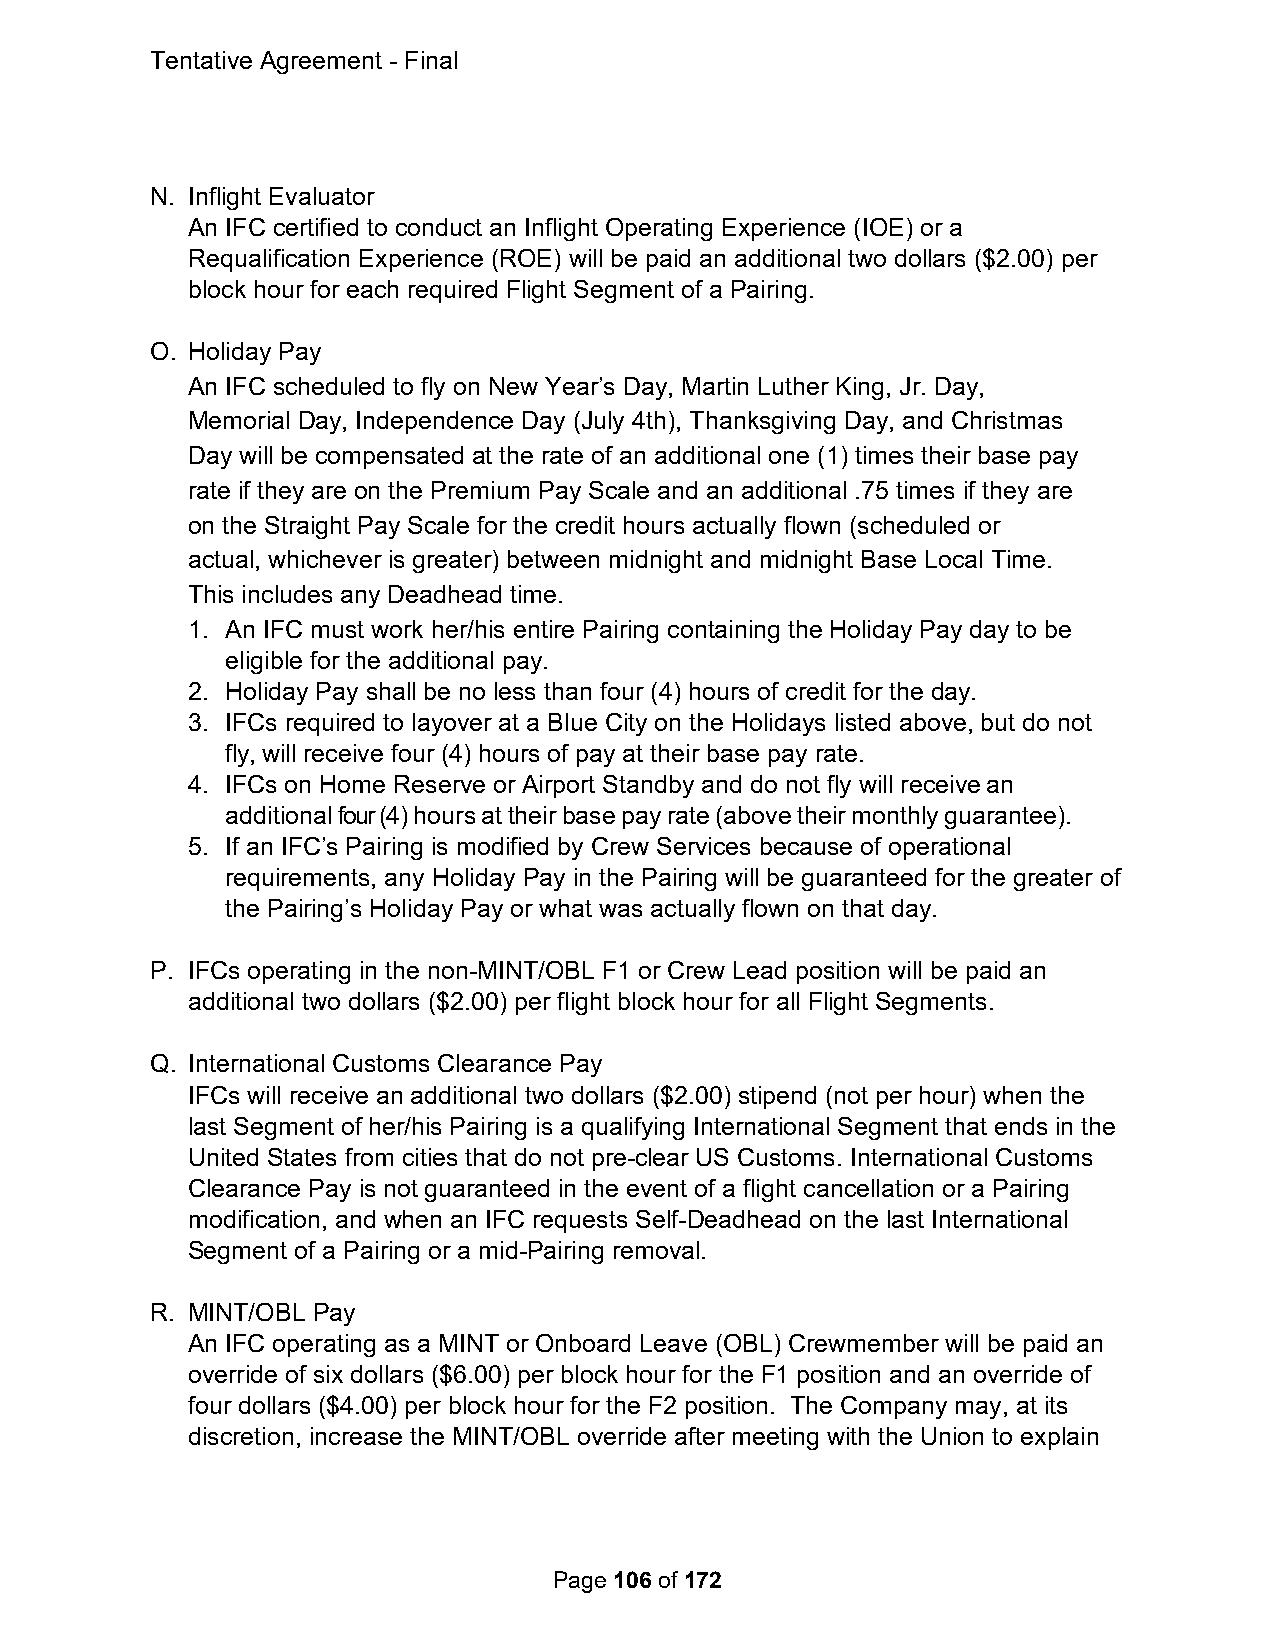
Tentative Agreement - Final
 N. Inflight Evaluator
 An IFC certified to conduct an Inflight Operating Experience (IOE) or a
 Requalification Experience (ROE) will be paid an additional two dollars ($2.00) per
 block hour for each required Flight Segment of a Pairing.
 O. Holiday Pay
 An IFC scheduled to fly on New Year’s Day, Martin Luther King, Jr. Day,
 Memorial Day, Independence Day (July 4th), Thanksgiving Day, and Christmas
 Day will be compensated at the rate of an additional one (1) times their base pay
 rate if they are on the Premium Pay Scale and an additional .75 times if they are
 on the Straight Pay Scale for the credit hours actually flown (scheduled or
 actual, whichever is greater) between midnight and midnight Base Local Time.
 This includes any Deadhead time.
 1. An IFC must work her/his entire Pairing containing the Holiday Pay day to be
 eligible for the additional pay.
 2. Holiday Pay shall be no less than four (4) hours of credit for the day.
 3. IFCs required to layover at a Blue City on the Holidays listed above, but do not
 fly, will receive four (4) hours of pay at their base pay rate.
 4. IFCs on Home Reserve or Airport Standby and do not fly will receive an
 additional four (4) hours at their base pay rate (above their monthly guarantee).
 5. If an IFC’s Pairing is modified by Crew Services because of operational
 requirements, any Holiday Pay in the Pairing will be guaranteed for the greater of
 the Pairing’s Holiday Pay or what was actually flown on that day.
 P. IFCs operating in the non-MINT/OBL F1 or Crew Lead position will be paid an
 additional two dollars ($2.00) per flight block hour for all Flight Segments.
 Q. International Customs Clearance Pay
 IFCs will receive an additional two dollars ($2.00) stipend (not per hour) when the
 last Segment of her/his Pairing is a qualifying International Segment that ends in the
 United States from cities that do not pre-clear US Customs. International Customs
 Clearance Pay is not guaranteed in the event of a flight cancellation or a Pairing
 modification, and when an IFC requests Self-Deadhead on the last International
 Segment of a Pairing or a mid-Pairing removal.
 R. MINT/OBL Pay
 An IFC operating as a MINT or Onboard Leave (OBL) Crewmember will be paid an
 override of six dollars ($6.00) per block hour for the F1 position and an override of
 four dollars ($4.00) per block hour for the F2 position. The Company may, at its
 discretion, increase the MINT/OBL override after meeting with the Union to explain
 Page 106 of 172